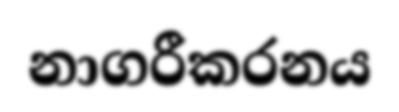
නාගරීකරනය